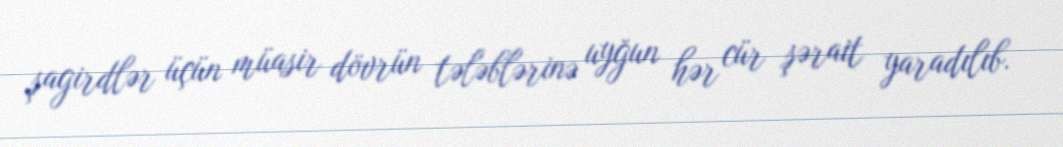
şagirdlər üçün müasir dövrün tələblərinə uyğun hər cür şərait yaradılıb.